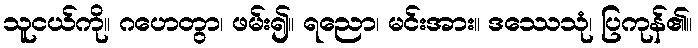
သူငယ်ကို။ ဂဟေတွာ၊ ဖမ်း၍။ ရညော၊ မင်းအား။ ဒဿေသုံ၊ ပြကုန်၏။